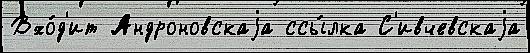
Вхо́д'ит Андроновскаjа ссы́лка С'ивчевскаjа